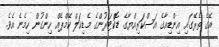
އޭގެ ތެރޭގައި އިންޑިއާގެ އަސްކަރިއްޔާގެ ޑޮކްޓަރުންގެ މެޑިކަލް ކޭމްޕެއް ހިންގުން ހިމެނެ އެވެ.